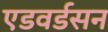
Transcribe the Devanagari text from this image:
एडवर्डसन